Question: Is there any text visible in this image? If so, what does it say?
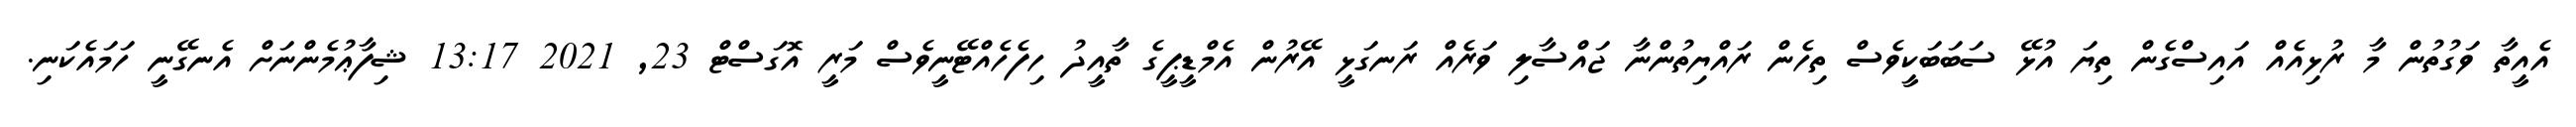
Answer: އެއީތާ ވަގުތުން މާ ރުޅިއެއް އައިސްގެން ތިޔަ އުޅޭ ސަބަބަކީވެސް ތިހެން ރައްޔިތުންނާ ޖައްސާލި ވަރެއް ރަނގަޅީ އޭރުން އެމްޑީޕީގެ ތާއީދު ހިފެހެއްޓޭނީވެސް މަރީ އޮގަސްޓް 23, 2021 13:17 ޝިފާޢުމެންނަށް އެނގޭނީ ހަމައެކަނި.